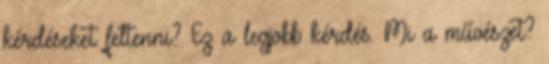
kérdéseket feltenni? Ez a legjobb kérdés. Mi a művészet?